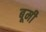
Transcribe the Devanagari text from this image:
बूमी